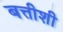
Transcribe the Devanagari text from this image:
बत्तीशी